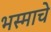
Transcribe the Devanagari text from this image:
भस्माचे